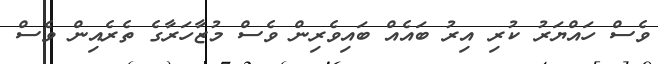
ވެސް ހައްޔަރު ކުރި އިރު ބައެއް ބައިވެރިން ވެސް މުޒާހަރާގެ ތެރެއިން ވެސް